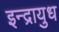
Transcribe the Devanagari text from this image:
इन्द्रायुध